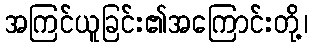
အကြင်ယူခြင်း၏အကြောင်းတို့၊